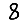
Digit: 8